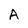
Character: A